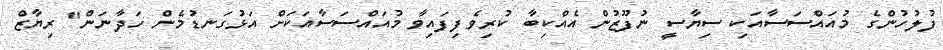
ފުލުހުންގެ މުއައްސަސާއަކި ސިޔާސީ ނުފޫޒުން އެއްކިބާ ކުރިވެފިފައިވާ މުއައްސަސާއަކަށް އަޅުގަނޑުމެން ހަދާނަން" ރިޔާޒް